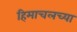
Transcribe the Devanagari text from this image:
हिमाचलच्या